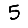
Digit: 5